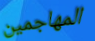
المهاجمين